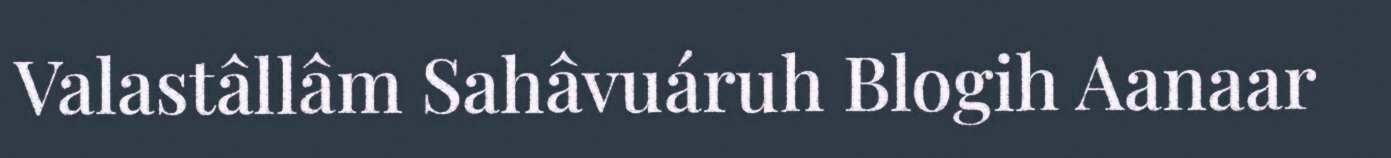
Valastâllâm Sahâvuáruh Blogih Aanaar